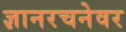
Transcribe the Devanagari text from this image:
ज्ञानरचनेवर